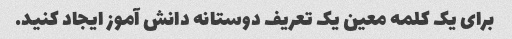
برای یک کلمه معین یک تعریف دوستانه دانش آموز ایجاد کنید.